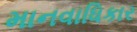
માનવાધિકાર